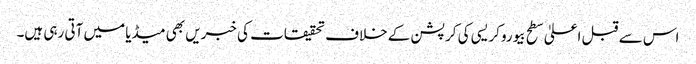
اس سے قبل اعلیٰ سطح بیوروکریسی کی کرپشن کے خلاف تحقیقات کی خبریں بھی میڈیا میں آتی رہی ہیں۔